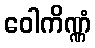
ဝေါကိဏ္ဏံ